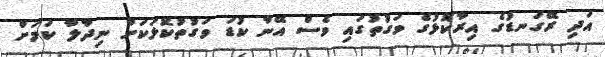
އަދި ރޭގަނޑުގެ އިރާކޮޅުގެ ވަގުތުގައި ވެސް އޭނާ ކުޑަ ވަގުތުކޮޅަކަށް ނިދާލާ ކަމަށް